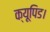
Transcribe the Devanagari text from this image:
क्यूपिड।